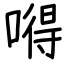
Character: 嘚